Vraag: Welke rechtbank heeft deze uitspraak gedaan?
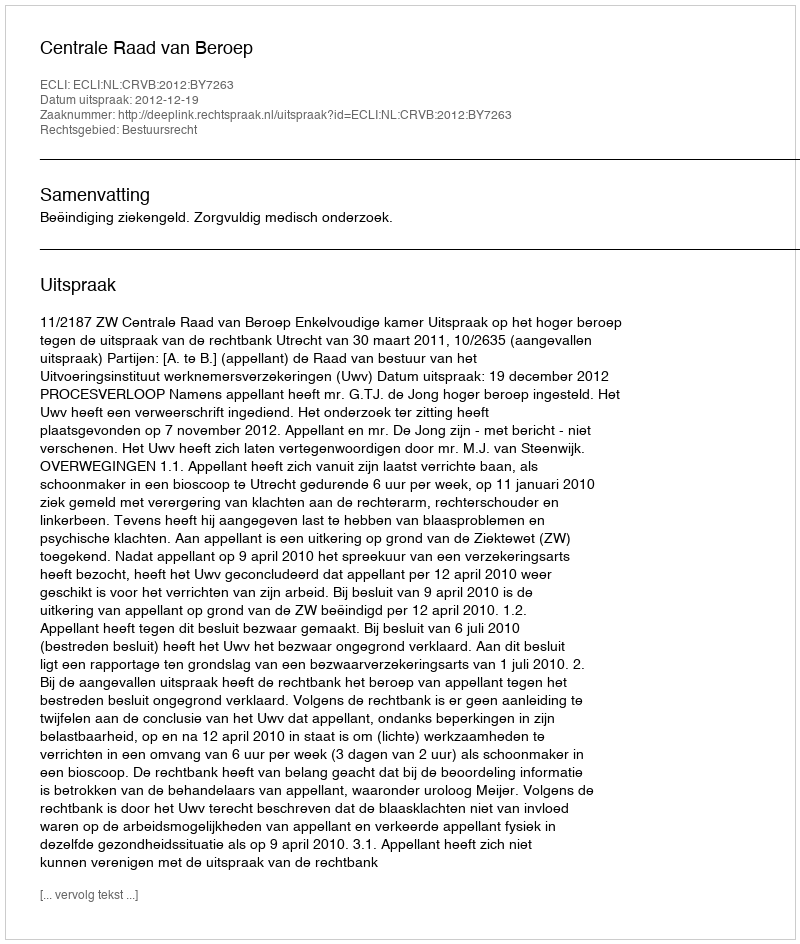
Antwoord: Centrale Raad van Beroep